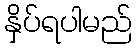
နှိပ်ရပါမည်